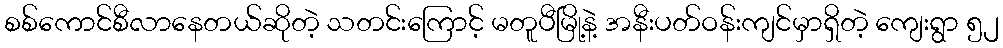
စစ်ကောင်စီလာနေတယ်ဆိုတဲ့ သတင်းကြောင့် မတူပီမြို့နဲ့ အနီးပတ်ဝန်းကျင်မှာရှိတဲ့ ကျေးရွာ ၅၂